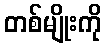
တစ်မျိုးကို